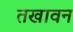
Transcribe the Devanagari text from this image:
तखावन